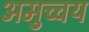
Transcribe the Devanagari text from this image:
अमुच्चय